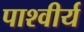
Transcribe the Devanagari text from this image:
पाश्वीर्य